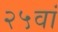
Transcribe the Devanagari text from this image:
२५वां